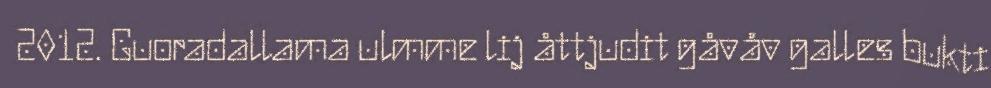
2012. Guoradallama ulmme lij åttjudit gåvåv galles bukti